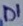
Text: D1